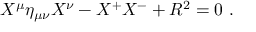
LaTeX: X ^ { \mu } \eta _ { \mu \nu } X ^ { \nu } - X ^ { + } X ^ { - } + R ^ { 2 } = 0 \ .